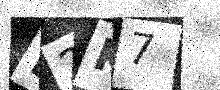
Text: D2K7